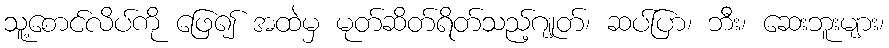
သူ့စောင်လိပ်ကို ဖြေ၍ အထဲမှ မုတ်ဆိတ်ရိတ်သည့်ဂျုတ်၊ ဆပ်ပြာ၊ ဘီး၊ ဆေးဘူးများ၊